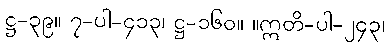
ဋ္ဌ-၃၉။ ၇-ပါ-၄၁၃၊ ဋ္ဌ-၁၆၀။ ။ဣတိ-ပါ-၂၄၃၊